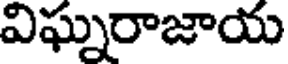
విఘ్నరాజాయ